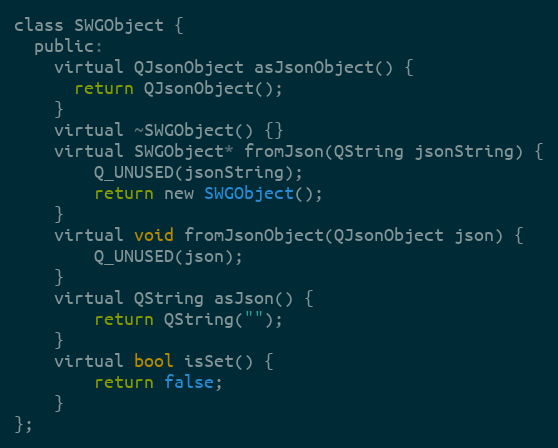
Language: C
class SWGObject {
  public:
    virtual QJsonObject asJsonObject() {
      return QJsonObject();
    }
    virtual ~SWGObject() {}
    virtual SWGObject* fromJson(QString jsonString) {
        Q_UNUSED(jsonString);
        return new SWGObject();
    }
    virtual void fromJsonObject(QJsonObject json) {
        Q_UNUSED(json);
    }
    virtual QString asJson() {
        return QString("");
    }
    virtual bool isSet() {
        return false;
    }
};